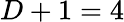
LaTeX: D+1=4